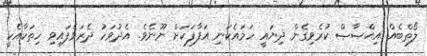
ލޯތްބެއް އިޙްޞާޞް ކުރެވިގެން ދިޔައީ ހަމައެކަނި އަފާފަކަށް ނޫނެވެ. އެދުވަހު ދެރަވެފައިވި ހިތަކާއެކީ